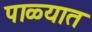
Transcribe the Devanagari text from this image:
पाळ्यात